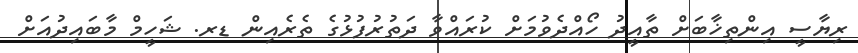
ރިޔާސީ އިންތިޚާބަށް ތާއީދު ހޯއްދެވުމަށް ކުރައްވާ ދަތުރުފުޅުގެ ތެރެއިން ޑރ. ޝަހީމް މާބައިދުއަށް